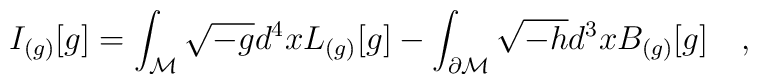
I_{(g)}[g]=\int_{\cal M} \sqrt{-g} d^4x L_{(g)}[g]-\int_{\partial {\cal M}} \sqrt{-h} d^3xB_{(g)}[g]~~~,